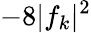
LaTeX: -8|f_{k}|^{2}